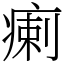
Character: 瘌